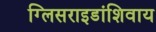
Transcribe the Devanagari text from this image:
ग्लिसराइडांशिवाय